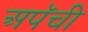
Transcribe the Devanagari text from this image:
अपॅची